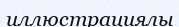
иллюстрациялы